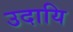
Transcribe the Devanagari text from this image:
उदायि